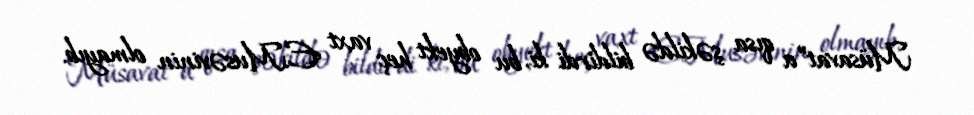
Müsavat”a qısa şəkildə bildirdi ki, bu obyekt heç vaxt E.Musəvinin olmayıb.